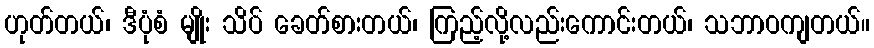
ဟုတ်တယ်၊ ဒီပုံစံ မျိုး သိပ် ခေတ်စားတယ်၊ ကြည့်လို့လည်းကောင်းတယ်၊ သဘာဝကျတယ်။